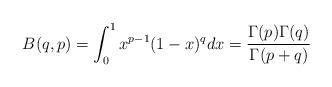
LaTeX: \begin{align*}B(q,p)=\int_{0}^{1}x^{p-1}(1-x)^{q}dx = \frac{\Gamma(p)\Gamma(q)}{\Gamma(p + q)}\end{align*}